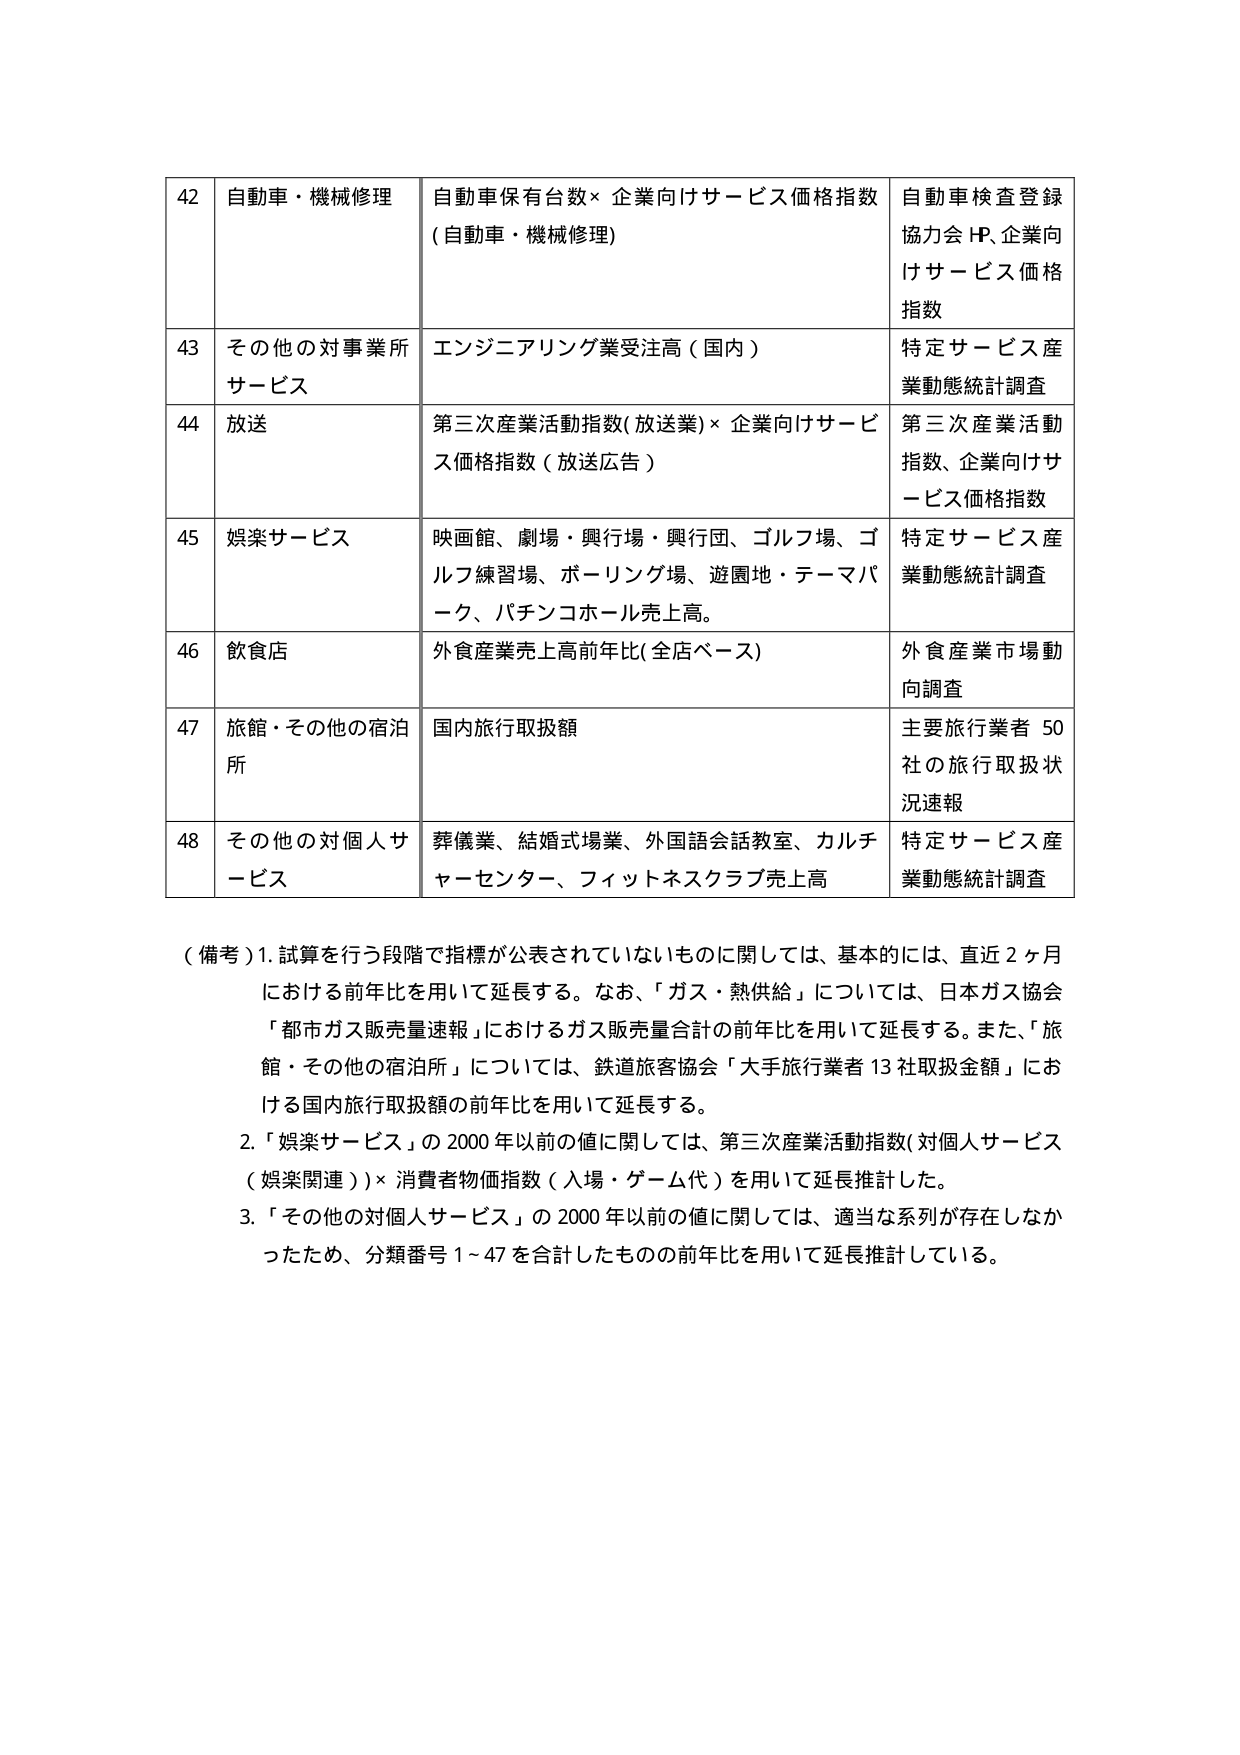
42 自動車・機械修理 自動車保有台数×企業向けサービス価格指数 (自動車・機械修理) 自動車検査登録協会HP、企業向けサービス価格指数
43 その他の対事業所サービス エンジニアリング受注高（国内） 特定サービス産業動態統計調査
44 放送 第三次産業活動指数(放送業)×企業向けサービス価格指数（放送広告） 第三次産業活動指数、企業向けサービス価格指数
45 娯楽サービス 映画館、劇場・興行場・興行団、ゴルフ場、ゴルフ練習場、ボーリング場、遊園地・テーマパーク、パチンコホール売上高。 特定サービス産業動態統計調査
46 飲食店 外食産業売上高前年比(全店ベース) 外食産業市場動向調査
47 旅館・その他の宿泊所 国内旅行取扱額 主要旅行業者50社の旅行取扱状況速報
48 その他の対個人サービス 葬儀業、結婚式場業、外国語会話教室、カルチャーセンター、フィットネスクラブ売上高 特定サービス産業動態統計調査

（備考）1. 試算を行う段階で指標が公表されていないものに関しては、基本的には、直近2ヶ月における前年比を用いて延長する。なお、「ガス・熱供給」については、日本ガス協会「都市ガス販売量速報」におけるガス販売量合計の前年比を用いて延長する。また、「旅館・その他の宿泊所」については、鉄道旅客協会「大手旅行業者13社取扱金額」における国内旅行取扱額の前年比を用いて延長する。
2. 「娯楽サービス」の2000年以前の値に関しては、第三次産業活動指数(対個人サービス（娯楽関連）)×消費者物価指数（入場・ゲーム代）を用いて延長推計した。
3. 「その他の対個人サービス」の2000年以前の値に関しては、適当な系列が存在しなかったため、分類番号1～47を合計したものの前年比を用いて延長推計している。